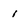
Character: i